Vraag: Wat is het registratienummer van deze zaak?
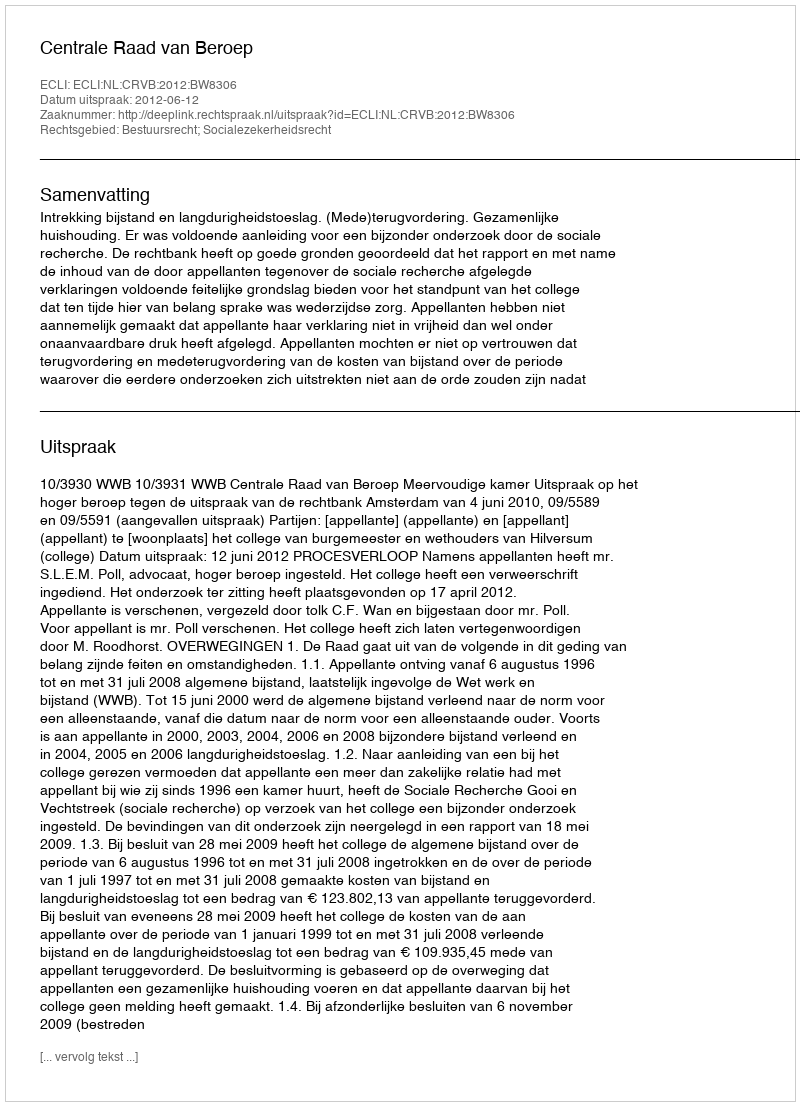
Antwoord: http://deeplink.rechtspraak.nl/uitspraak?id=ECLI:NL:CRVB:2012:BW8306